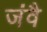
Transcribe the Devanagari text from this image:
जंवै